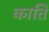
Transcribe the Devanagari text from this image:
कातिं